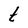
Character: t